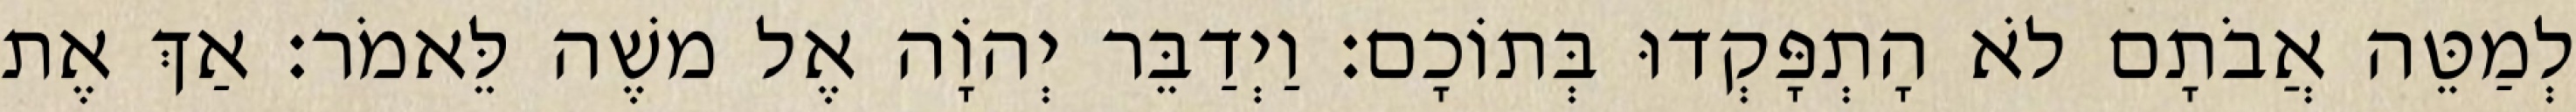
לְמַטֵּה אֲבֹתָם לֹא הָתְפָּקְדוּ בְּתוֹכָם׃ וַיְדַבֵּר יְהוָֹה אֶל משֶׁה לֵּאמֹר׃ אַךְ אֶת